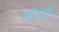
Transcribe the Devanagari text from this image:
चीनी।